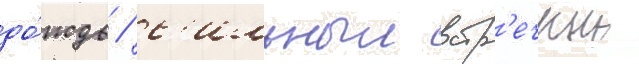
до́ждь / с'ильныи встр'ечныи